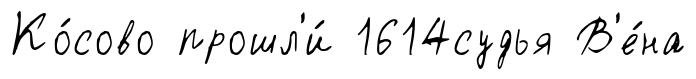
Ко́сово прошл'и́ 1614судья В'е́на